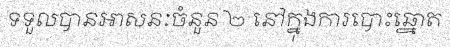
ទទួលបានអាសនៈចំនួន ២ នៅក្នុងការបោះឆ្នោត